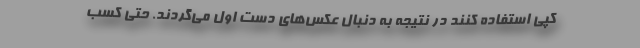
کپی استفاده کنند در نتیجه به دنبال عکس‌های دست اول می‌گردند. حتی کسب